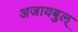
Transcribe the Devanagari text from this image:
अजायबुल्